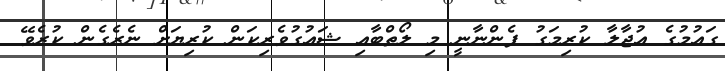
ގައުމުގެ އުޖާލާ ކުރިމަގު ފެންނާނީ މި ލޯތްބާއި ޝައުގުވެރިކަން ކުރިޔަށް ނެރެގެން ކުރެވޭ